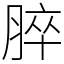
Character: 脺